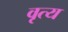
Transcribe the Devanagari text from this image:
वृत्य